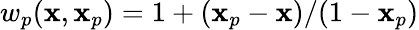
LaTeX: w_{p}(\mathbf{x},\mathbf{x}_{p})=1+(\mathbf{x}_{p}-\mathbf{x})/(1-\mathbf{x}_{p})